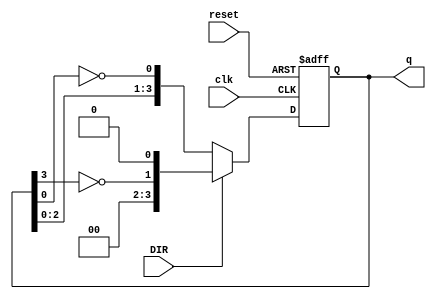
module Bidirectional_Johnson_Counter (
    input wire clk,          // Clock signal
    input wire reset,        // Asynchronous reset signal
    input wire DIR,          // Direction control (1 for right/up, 0 for left/down)
    output reg [n-1:0] q     // Output state of the counter
);
    parameter n = 4;         // Define the number of flip-flops (bits)

    always @(posedge clk or posedge reset) begin
        if (reset) begin
            // Asynchronous reset
            q <= 0;
        end else begin
            // Shift right
            if (DIR) begin
                // Invert last bit for new input and shift right
                q <= {~q[n-1], q[n-1:n-1] >> 1};
            end else begin
                // Shift left and invert first bit for new input
                q <= {q[n-2:0], ~q[0]};
            end
        end
    end
endmodule